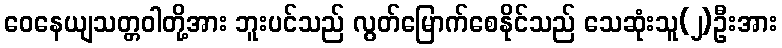
ဝေနေယျသတ္တဝါတို့အား ဘူးပင်သည် လွတ်မြောက်စေနိုင်သည် သေဆုံးသူ(၂)ဦးအား